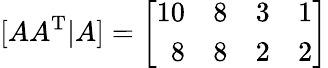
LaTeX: [AA^{\mathrm{T}}|A]=\left[{\begin{array}{rrrr}{10}&{8}&{3}&{1}\\ {8}&{8}&{2}&{2}\end{array}}\right]